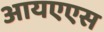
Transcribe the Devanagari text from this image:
आयएएस